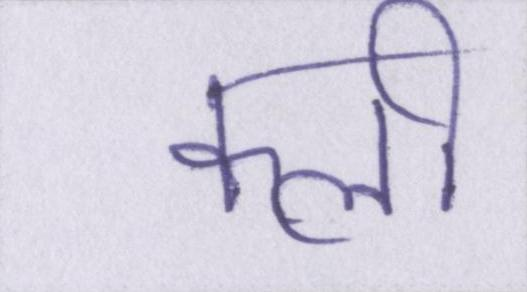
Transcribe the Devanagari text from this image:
क्ली